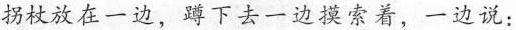
拐杖放在一边，蹲下去一边摸索着，一边说：